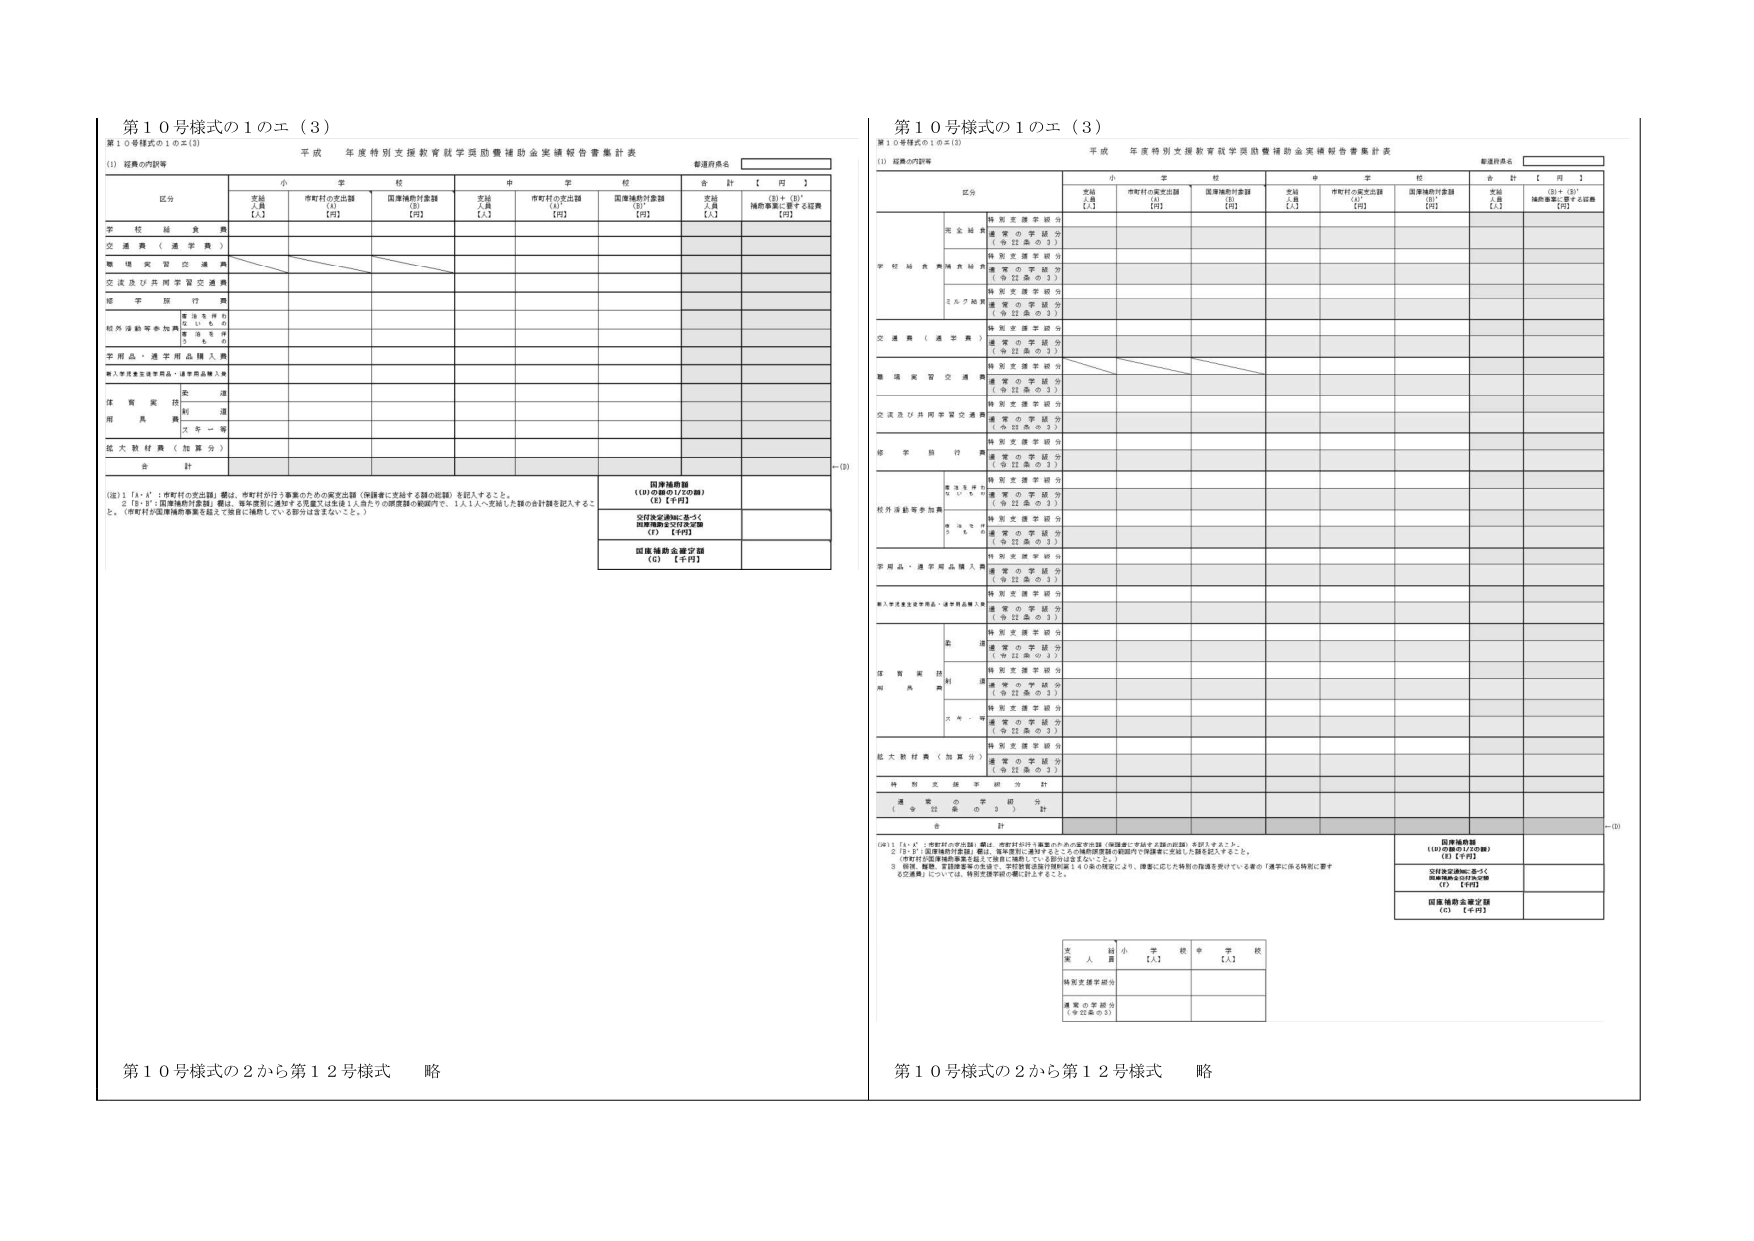
第１０号様式の１のエ（３）
第１０号様式の１のエ（３）

（１）延長の内訳等
平成 年度特別支援教育就学奨励費補助金実績報告書集計表
都道府県名

区分
小 学 校
中 学 校
合 計 【 円 】

支援人員 【人】
市町村の支出額 【円】
国庫補助付金額 【円】
支援人員 【人】
市町村の支出額 【円】
国庫補助付金額 【円】
支援人員 【人】
（③）＋（⑤）* 補助事業に要する経費 【円】

学校経費
交通費（通学費）
職場実習交通費
交流及び共同学習交通費
修学旅行費
校外活動等参加費
学用品・通学用品購入費
購入学用品を含む学用品・通学用品購入費
体質実技用具費
拡大教材費（加算分）
合計

（注）１．「①・④」：市町村の支出額」欄は、市町村が行う事業のための要支出額（申請書に記載する額の総額）を記入すること。
２．「③・⑤」：国庫補助付金額」欄は、毎年度別に通知する児童又は生徒１人当たりの限度額の範囲内で、１人１人へ支給した額の合計額を記入すること。
（市町村が国庫補助事業を拡大して独自に補助している部分は含まないこと。）

国庫補助額
（①の額の1/2の額）
（④）【千円】

交付決定通知に基づく
国庫補助金交付決定額
（⑦）【千円】

国庫補助金要望額
（⑥）【千円】

第１０号様式の２から第１２号様式 略

（１）延長の内訳等
平成 年度特別支援教育就学奨励費補助金実績報告書集計表
都道府県名

区分
小 学 校
中 学 校
合 計 【 円 】

支援人員 【人】
市町村の支出額 【円】
国庫補助付金額 【円】
支援人員 【人】
市町村の支出額 【円】
国庫補助付金額 【円】
支援人員 【人】
（③）＋（⑤）* 補助事業に要する経費 【円】

学校経費
交通費（通学費）
職場実習交通費
交流及び共同学習交通費
修学旅行費
校外活動等参加費
学用品・通学用品購入費
購入学用品を含む学用品・通学用品購入費
体質実技用具費
拡大教材費（加算分）
合計

（注）１．「①・④」：市町村の支出額」欄は、市町村が行う事業のための要支出額（申請書に記載する額の総額）を記入すること。
２．「③・⑤」：国庫補助付金額」欄は、毎年度別に通知するところの補助限度額の範囲内で申請書に記載した額を記入すること。
（市町村が国庫補助事業を拡大して独自に補助している部分は含まないこと。）
３．病院、職場、支援施設等の交通費で、学校教育法施行規則第１４０条の規定により、障害に応じた特別の指導を受けている者の「通学に係る特別に要する交通費」については、特別支援学級の欄に記入すること。

国庫補助額
（①の額の1/2の額）
（④）【千円】

交付決定通知に基づく
国庫補助金交付決定額
（⑦）【千円】

国庫補助金要望額
（⑥）【千円】

支 援 人 員
小 学 校 【人】
中 学 校 【人】

特別支援学級分
通常の学級分
（※対象の３）

第１０号様式の２から第１２号様式 略